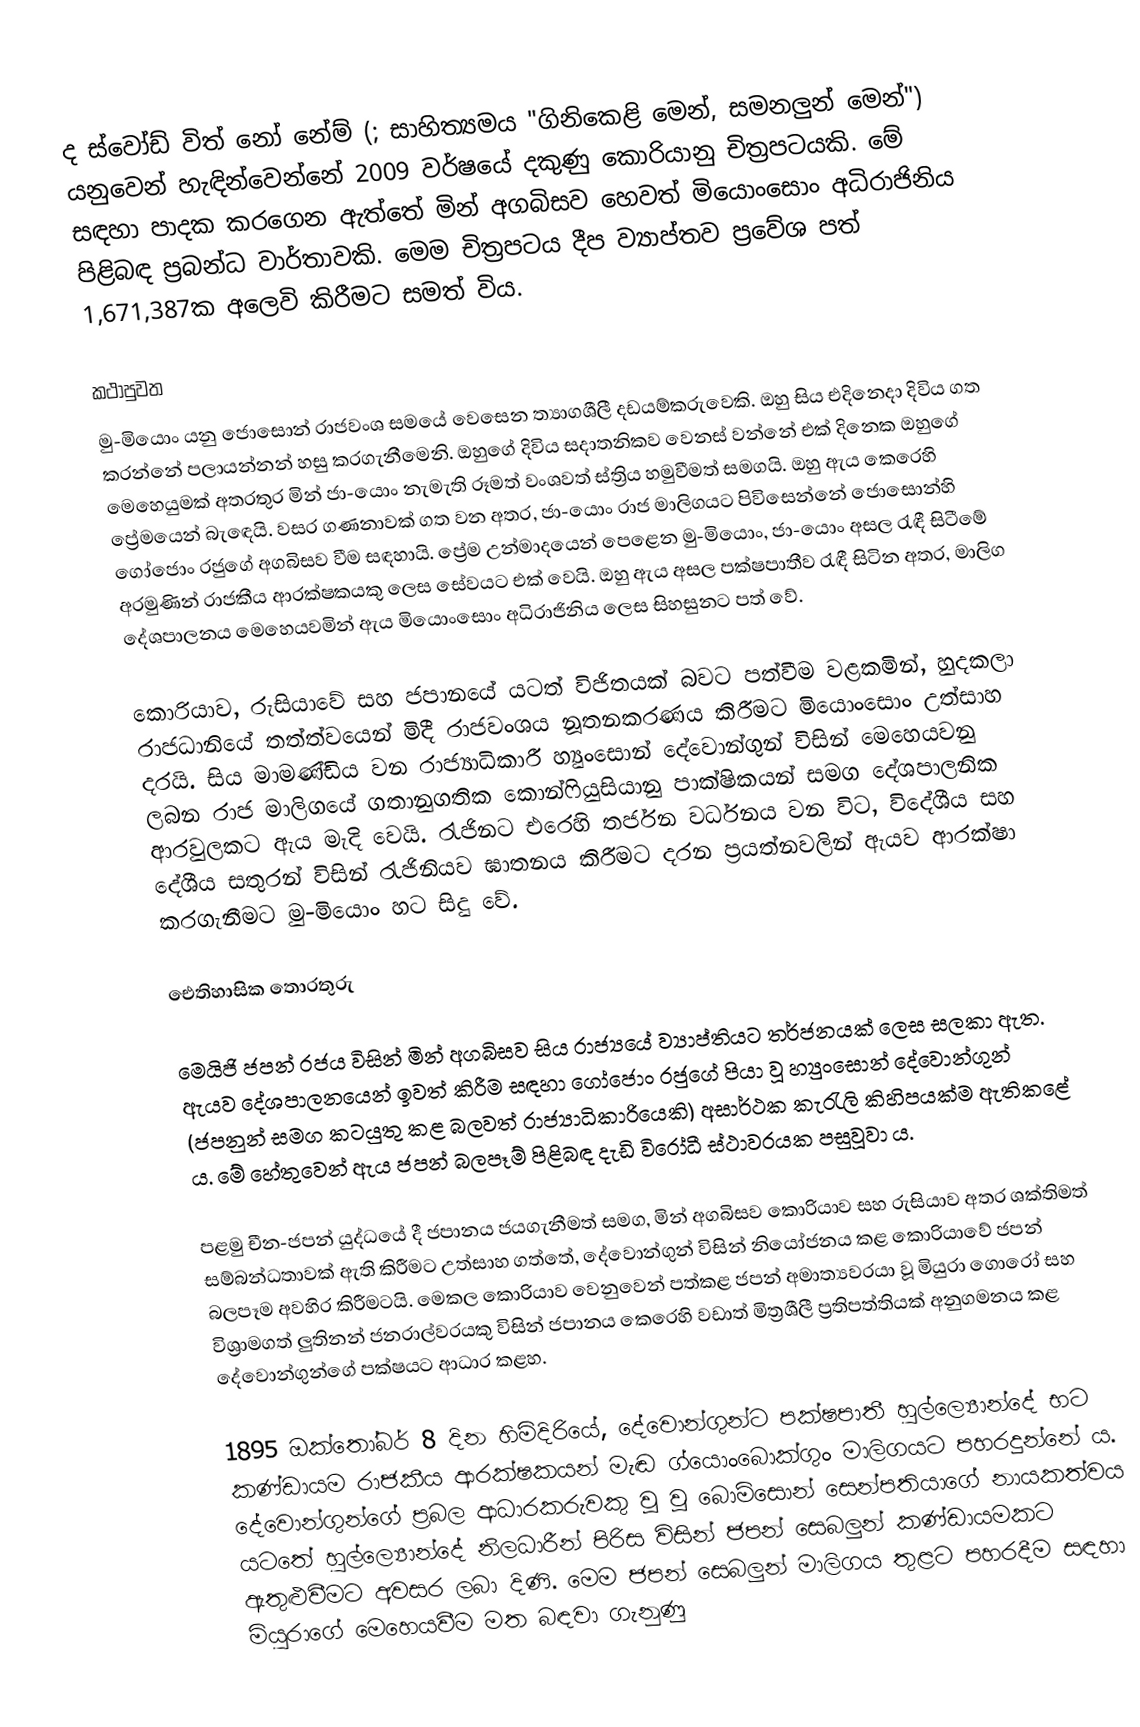
ද ස්වෝඩ් විත් නෝ නේම් (; සාහිත්‍යමය "ගිනිකෙළි මෙන්, සමනලුන් මෙන්") යනුවෙන් හැඳින්වෙන්නේ 2009 වර්ෂයේ දකුණු කොරියානු චිත්‍රපටයකි. මේ සඳහා පාදක කරගෙන ඇත්තේ මින් අගබිසව හෙවත් මියොංසොං අධිරාජිනිය පිළිබඳ ප්‍රබන්ධ වාර්තාවකි. මෙම චිත්‍රපටය දීප ව්‍යාප්තව ප්‍රවේශ පත් 1,671,387ක අලෙවි කිරීමට සමත් විය.

කථාපුවත
මු-මියොං යනු ජොසොන් රාජවංශ‍ සමයේ වෙසෙන ත්‍යාගශීලී දඩයම්කරුවෙකි. ඔහු‍ සිය එදිනෙදා දිවිය ගත කරන්නේ පලායන්නන් හසු කරගැනීමෙනි. ඔහුගේ දිවිය සදාතනිකව වෙනස් වන්නේ එක් දිනෙක ඔහුගේ මෙහෙයුමක් අතරතුර මින් ජා-යොං නැමැති රූමත් වංශවත් ස්ත්‍රිය හමුවීමත් සමගයි. ඔහු ඇය කෙරෙහි ප්‍රේමයෙන් බැ‍ඳෙයි. වසර ගණනාවක් ගත වන අතර, ජා-යොං රාජ මාලිගයට පිවිසෙන්නේ ජොසොන්හි ගෝජොං රජුගේ අගබිසව වීම සඳහායි. ප්‍රේම උන්මාදයෙන් පෙළෙන මු-මියොං, ජා-යොං අසල රැඳී සිටීමේ අරමුණින් රාජකීය ආරක්ෂකයකු ලෙස සේවයට එක් වෙයි. ඔහු ඇය අසල පක්ෂපාතීව රැඳී සිටින අතර, මාලිග දේශපාලනය මෙහෙයවමින් ඇය මියොංසොං අධිරාජිනිය ලෙස සිහසුනට පත් වේ.

කොරියාව, රුසියාවේ සහ ජපානයේ යටත් විජිතයක් බවට පත්වීම වළකමින්, හුදකලා රාජධානියේ තත්ත්වයෙන් මිදී රාජවංශය නූතනකරණය කිරීමට මියොංසොං උත්සාහ දරයි. සිය මාමණ්ඩිය වන රාජ්‍යාධිකාරී හ්‍යුංසොන් දේවොන්ගුන් විසින් මෙහෙයවනු ලබන රාජ මාලිගයේ ගතානුගතික කොන්ෆියුසියානු පාක්ෂිකයන් සමග දේශපාලනික ආරවුලකට ඇය මැදි වෙයි. රැජිනට එරෙහි තර්ජන වර්ධනය වන විට, විදේශීය සහ දේශීය සතුරන් විසින් රැජිනියව ඝාතනය කිරීමට දරන ප්‍රයත්නවලින් ඇයව ආරක්ෂා කරගැනීමට  මු-මියොං හට සිදු වේ.

ඓතිහාසික ‍තොරතුරු

මෙයිජි ජපන් රජය විසින් මින් අගබිසව සිය රාජ්‍යයේ ව්‍යාප්තියට තර්ජනයක් ලෙස සලකා ඇත. ඇයව දේශපාලනයෙන් ඉවත් කිරීම සඳහා ගෝජොං රජුගේ පියා වූ හ්‍යුංසොන් දේවොන්ගුන් (ජපනුන් සමග කටයුතු කළ බලවත් රාජ්‍යාධිකාරියෙකි) අසාර්ථක කැරැලි කිහිපයක්ම ඇතිකළේ ය. මේ හේතුවෙන් ඇය ජපන් බලපෑම් පිළිබඳ දැඩි විරෝධී ස්ථාවරයක පසුවූවා ය.

පළමු චීන-ජපන් යුද්ධයේ දී ජපානය ජයගැනීමත් සමග, මින් අගබිසව කොරියාව සහ රුසියාව අතර ශක්තිමත් සම්බන්ධතාවක් ඇති කිරීමට උත්සාහ ගත්තේ, දේවොන්ගුන් විසින් නියෝජනය කළ කොරියාවේ ජපන් බලපෑම අවහිර කිරීමටයි. මෙකල කොරියාව වෙනුවෙන් පත්කළ ජපන් අමාත්‍යවරයා වූ මියුරා ගොරෝ සහ විශ්‍රාමගත් ලුතිනන් ජනරාල්වරයකු විසින් ජපානය කෙරෙහි වඩාත් මිත්‍රශීලී ප්‍රතිපත්තියක් අනුගමනය කළ දේවොන්ගුන්ගේ පක්ෂයට ආධාර ක‍ළහ.

1895 ඔක්තෝබර් 8 දින හිමිදිරියේ, දේවොන්ගුන්ට පක්ෂපාතී හුල්ල්‍යොන්දේ භට කණ්ඩායම රාජකීය ආරක්ෂකයන් මැඬ ග්යොංබොක්ගුං මාලිගයට පහරදුන්නේ ය. දේවොන්ගුන්ගේ ප්‍රබල ආධාරකරුවකු වූ වූ බොම්සොන් සෙන්පතියාගේ නායකත්වය යටතේ හුල්ල්‍යොන්දේ නිලධාරීන් පිරිස විසින් ජපන් සෙබලුන් කණ්ඩායමකට ඇතුළුවීමට අවසර ලබා දිණි. මෙම ජපන් සෙබලුන් මාලිගය තුළට පහරදීම සඳහා මියුරාගේ මෙහෙයවීම මත බඳවා ගැනුණු